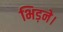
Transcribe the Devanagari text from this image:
भिड़ने।